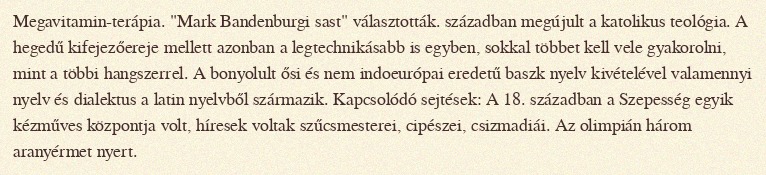
Megavitamin-terápia. "Mark Bandenburgi sast" választották. században megújult a katolikus teológia. A hegedű kifejezőereje mellett azonban a legtechnikásabb is egyben, sokkal többet kell vele gyakorolni, mint a többi hangszerrel. A bonyolult ősi és nem indoeurópai eredetű baszk nyelv kivételével valamennyi nyelv és dialektus a latin nyelvből származik. Kapcsolódó sejtések: A 18. században a Szepesség egyik kézműves központja volt, híresek voltak szűcsmesterei, cipészei, csizmadiái. Az olimpián három aranyérmet nyert.